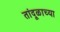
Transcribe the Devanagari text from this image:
तांदूळाच्या